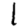
Digit: 1